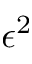
\epsilon ^ { 2 }